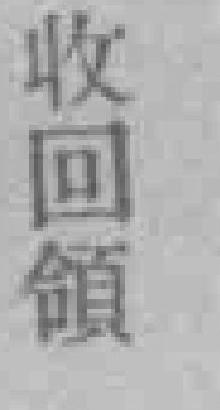
收回領